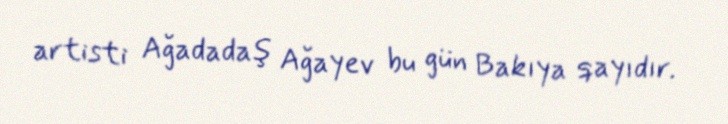
artisti Ağadadaş Ağayev bu gün Bakıya qayıdır.